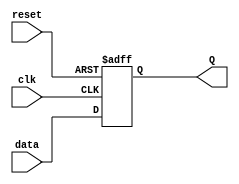
module flip_flop(
    input clk,
    input reset,
    input data,
    output reg Q
);

always @(posedge clk or posedge reset) begin
    if (reset) begin
        Q <= 0;
    end else begin
        Q <= data;
    end
end

endmodule